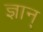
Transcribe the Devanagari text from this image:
ज्ञान्